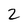
Character: 2